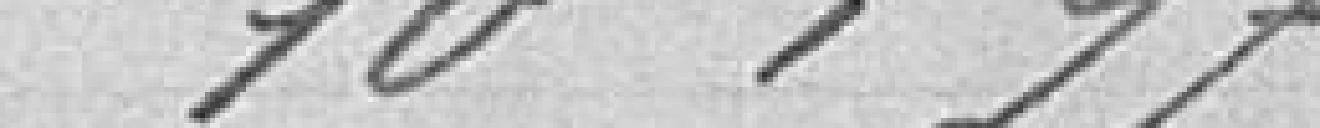
10,97